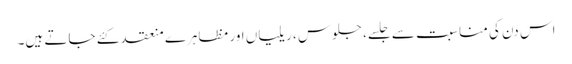
اس دن کی مناسبت سے جلسے، جلوس ، ریلیاں اور مظاہرے منعقد کئے جاتے ہیں۔